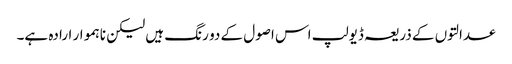
عدالتوں کے ذریعہ ڈیولپ اس اصول کے دو رنگ ہیں لیکن ناہموار ارادہ ہے۔